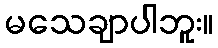
မသေချာပါဘူး။